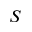
S